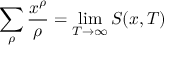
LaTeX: \sum _ { \rho } { \frac { x ^ { \rho } } { \rho } } = \operatorname* { l i m } _ { T \rightarrow \infty } S ( x , T ) \quad